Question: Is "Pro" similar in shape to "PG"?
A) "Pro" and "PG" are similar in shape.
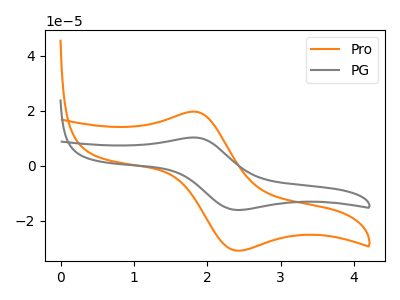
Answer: <think>The orange curve "Pro" has an anodic peak at (1.85V, 19.65uA) and a cathodic peak at (2.40V, -30.90uA). The gray curve "PG" has an anodic peak at (1.85V, 10.25uA) and a cathodic peak at (2.40V, -16.10uA).
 All the peaks in "Pro" have a peak in "PG" at the same potential. Every peak in "Pro" is higher than every peak in "PG".</think>
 <answer>A) "Pro" and "PG" are similar in shape.</answer>
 <eval>A</eval>